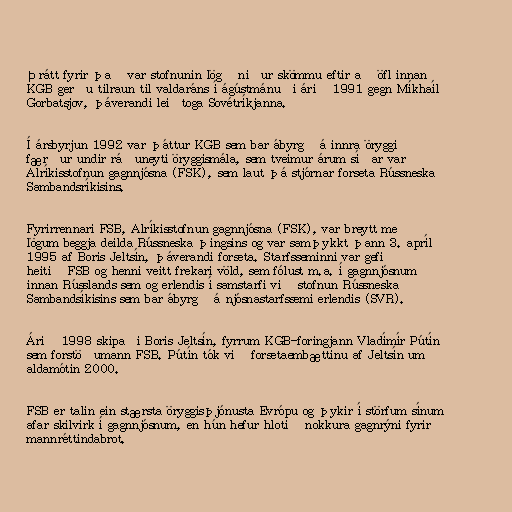
Þrátt fyrir það var stofnunin lögð niður skömmu eftir að öfl innan
KGB gerðu tilraun til valdaráns í ágústmánuði árið 1991 gegn Míkhaíl
Gorbatsjov, þáverandi leiðtoga Sovétríkjanna.

Í ársbyrjun 1992 var þáttur KGB sem bar ábyrgð á innra öryggi
færður undir ráðuneyti öryggismála, sem tveimur árum síðar varð
Alríkisstofnun gagnnjósna (FSK), sem laut þá stjórnar forseta Rússneska
Sambandsríkisins.

Fyrirrennari FSB, Alríkisstofnun gagnnjósna (FSK), var breytt með
lögum beggja deilda Rússneska þingsins og var samþykkt þann 3. apríl
1995 af Boris Jeltsín, þáverandi forseta. Starfsseminni var gefið
heitið FSB og henni veitt frekari völd, sem fólust m.a. í gagnnjósnum
innan Rússlands sem og erlendis í samstarfi við stofnun Rússneska
Sambandsíkisins sem bar ábyrgð á njósnastarfssemi erlendis (SVR).

Árið 1998 skipaði Boris Jeltsín, fyrrum KGB-foringjann Vladímír Pútín
sem forstöðumann FSB. Pútín tók við forsetaembættinu af Jeltsín um
aldamótin 2000.

FSB er talin ein stærsta öryggisþjónusta Evrópu og þykir í störfum sínum
afar skilvirk í gagnnjósnum, en hún hefur hlotið nokkura gagnrýni fyrir
mannréttindabrot.